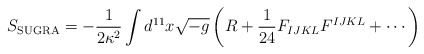
\begin{align*}S_{\rm SUGRA} = - {1 \over 2 \kappa^2} \int d^{11}x \sqrt{-g} \left(R + {1 \over 24} F_{IJKL} F^{IJKL} + \cdots\right)\end{align*}